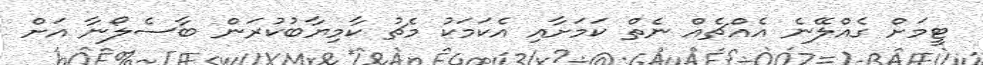
ޓީމަށް ގެއްލޭނެ އެއްޗެއް ނެތް ކަމަށާއި އެކަމަކު މެޗު ކާމިޔާބުކުރަން ބާސެލޯނާ އަށް